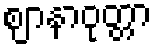
ဈာနာဝုတ္တာ